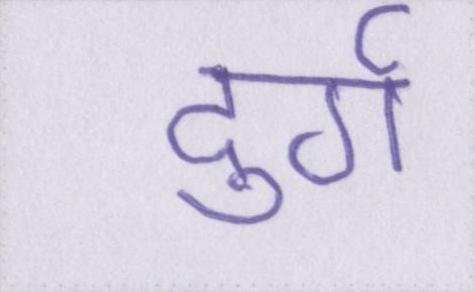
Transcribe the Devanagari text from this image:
दुर्ग